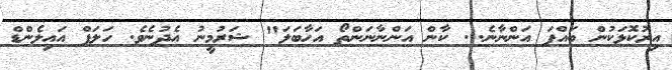
އިރުކޮޅަކުން ބައްޕަ އަންނާނެ... ކާން އަންނާނަންތޯ އަހާބަލަ" ޝަރުމީނު އެދުނެވެ. ހަލަފް އައިލެންޑް